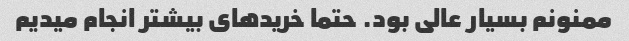
ممنونم بسیار عالی بود. حتما خریدهای بیشتر انجام میدیم